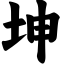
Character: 坤